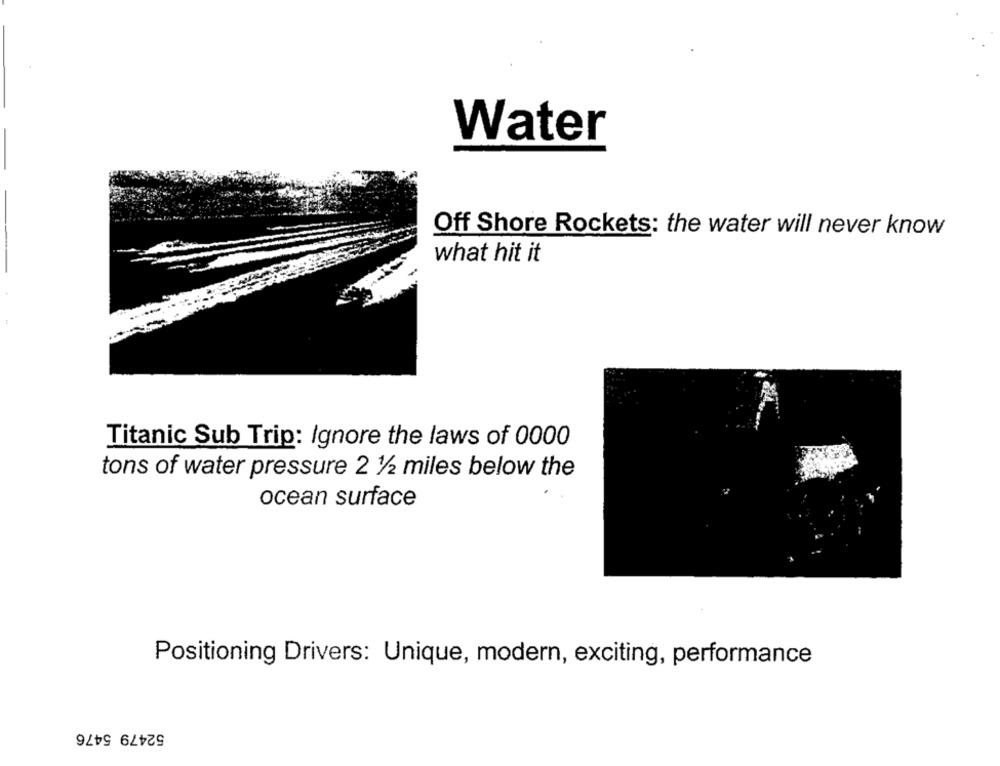
Water
Off Shore Rockets: the water will never know
what hit it
Titanic Sub Trip: Ignore the laws of 0000
tons of water pressure 2 1/2 miles below the
ocean surface
Positioning Drivers: Unique, modern, exciting, performance
52479 5476